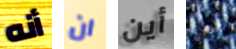
أنه ان أين امتحان